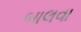
બાલવા